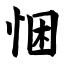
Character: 悃